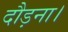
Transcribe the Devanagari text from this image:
दौड़ना।